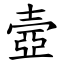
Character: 壼